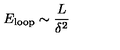
E _ { \mathrm { l o o p } } \sim \frac { L } { \delta ^ { 2 } }